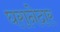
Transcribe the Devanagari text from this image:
घरानेदार